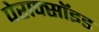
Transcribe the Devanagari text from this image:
पेराक्सॉइड